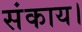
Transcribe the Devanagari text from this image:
संकाय।